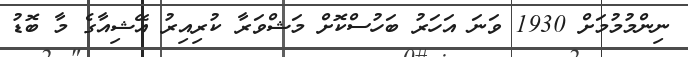
ނިންމުމުމަށް 1930 ވަނަ އަހަރު ބަހުސްކޮށް މަޝްވަރާ ކުރިއިރު އޭޝިއާގެ މާ ބޮޑު